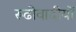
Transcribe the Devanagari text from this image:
रूढीवादीयों